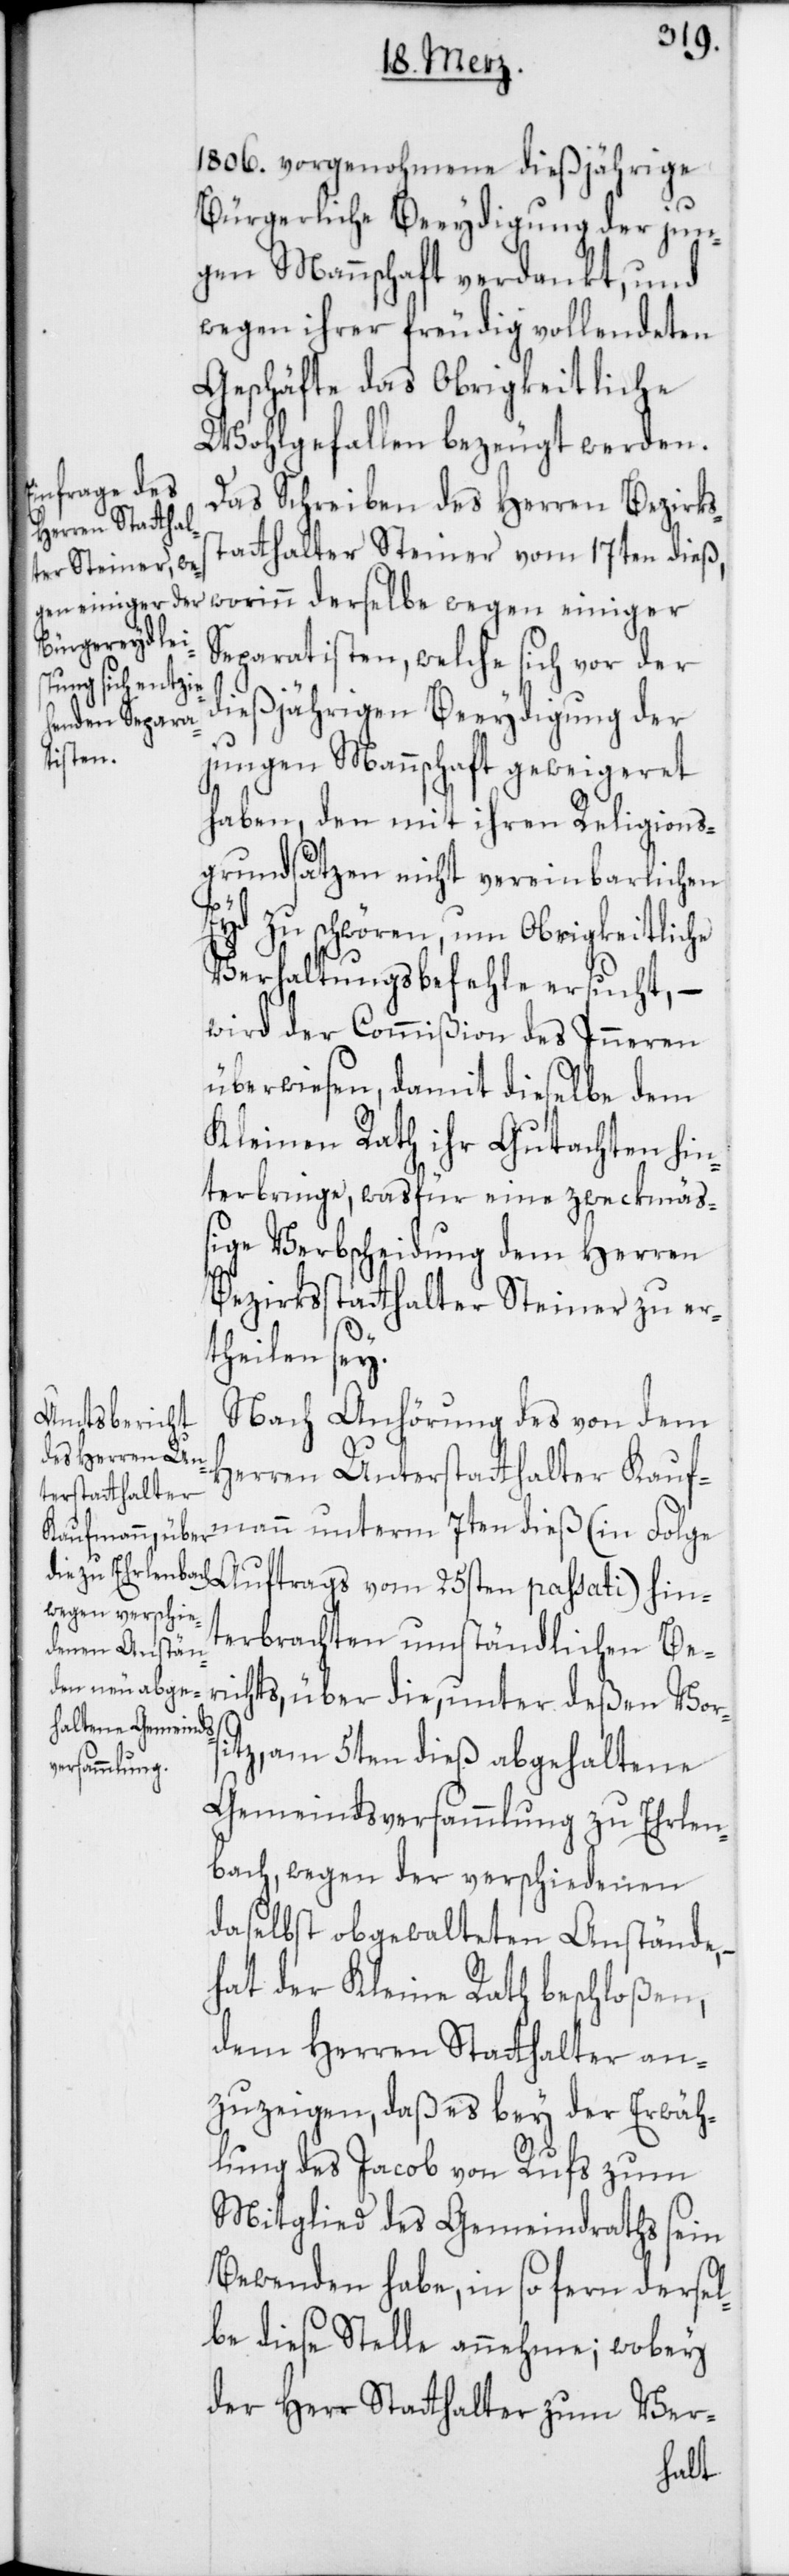
1806. vorgenohmene dießjährige
Bürgerliche Beeydigung der jun¬
gen Mannschaft verdankt, und
wegen ihrer freudig vollendeten
Geschäfte das Obrigkeitliche
Wohlgefallen bezeugt werden.
Das Schreiben des Herren Bezirks¬
statthalter Steiner vom 17ten dieß,
worinn derselbe wegen einiger
Separatisten, welche sich vor der
dießjährigen Beeydigung der
25sten
jungen Mannschaft geweigeret
haben, dem mit ihren Religions¬
grundsätzen nicht vereinbarlichen
Eyd zu schwören, um Obrigkeitliche
Verhaltungsbefehle ersucht, –
wird der Commißion des Inneren
überwiesen, damit dieselbe dem
Kleinen Rath ihr Gutachten hin¬
terbringe, was für eine zweckmäß¬
ige Verbscheidung dem Herren
Bezirksstatthalter Steiner zu er¬
theilen sey.
Nach Anhörung des von dem
Herren Unterstatthalter Kauf¬
mann unterm 7ten dieß (in Folge
erbrachten umständlichen Be¬
richts, über die, unter deßen Vor¬
sitz am 5ten dieß abgehaltene
Gemeindsversammlung zu Erlen¬
bach, wegen der verschiedenen
daselbst obgewalteten Anstände,
hat der Kleine Rath beschloßen,
dem Herren Statthalter an¬
zuzeigen, daß es bey der Erwäh¬
nung des Jacob von Rufs zum
Mitglied des Gemeindraths sein
Bewenden habe, insofern dersel¬
be diese Stelle annehme; wobey
der Herr Statthalter zum Ver-
hint¬